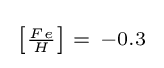
{\begin{smallmatrix}\left[{\frac {Fe}{H}}\right]\ =\ -0.3\end{smallmatrix}}